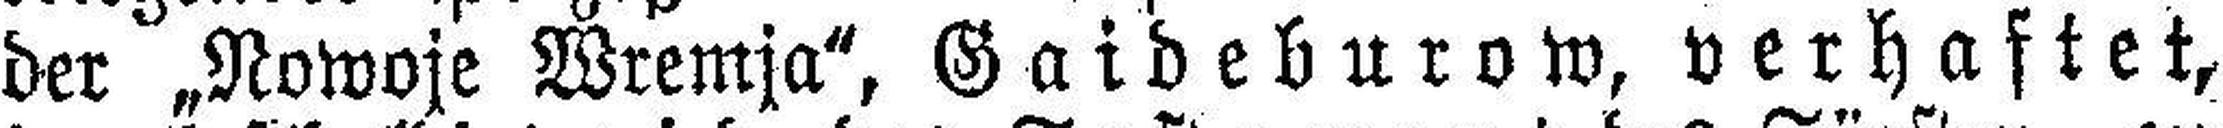
der „Nowoje Wremja“, Gaideburow, verhaftet,